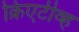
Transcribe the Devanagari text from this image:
क्रिएटीव्ह